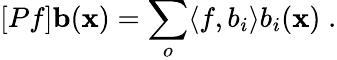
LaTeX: [Pf]{\mathbf b}({\mathbf x})=\sum_{o}\langle f,b_{i}\rangle b_{i}({\mathbf x})\; .